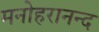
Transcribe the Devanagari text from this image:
मनोहरानन्द